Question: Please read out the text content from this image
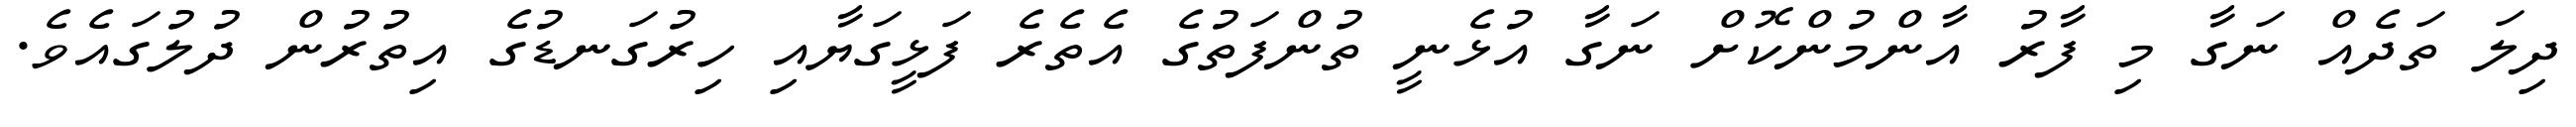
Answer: ދިލަ ތަދެއް ނަގާ މި ފާރު އާންމުންކޮށް ނަގާ އުޅެނީ ތުންފަތުގެ އެތެރެ ފަޅީގަޔާއި ހިރުގަނޑުގެ އިތުރުން ދުލުގައެވެ.